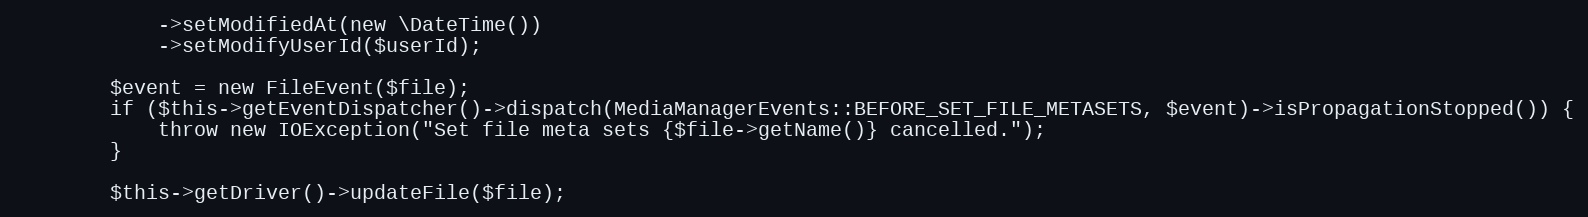
Language: PHP
            ->setModifiedAt(new \DateTime())
            ->setModifyUserId($userId);

        $event = new FileEvent($file);
        if ($this->getEventDispatcher()->dispatch(MediaManagerEvents::BEFORE_SET_FILE_METASETS, $event)->isPropagationStopped()) {
            throw new IOException("Set file meta sets {$file->getName()} cancelled.");
        }

        $this->getDriver()->updateFile($file);